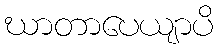
ဃာတာပေယျာပိ